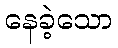
နေခဲ့သော